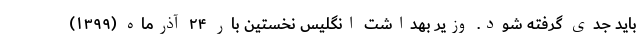
باید جدی گرفته شود. وزیر بهداشت انگلیس نخستین بار ۲۴ آذرماه (۱۳۹۹)